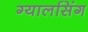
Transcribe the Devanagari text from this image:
ग्‍यालसिंग